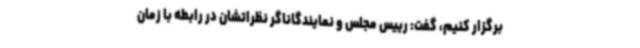
برگزار کنیم، گفت: رییس مجلس و نمایندگاناگر نظراتشان در رابطه با زمان